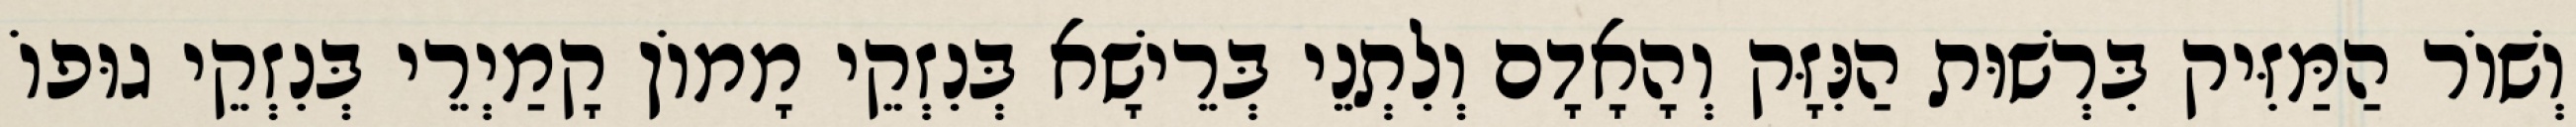
וְשׁוֹר הַמַּזִּיק בִּרְשׁוּת הַנִּזָּק וְהָאָדָם וְלִתְנֵי בְּרֵישָׁא בְּנִזְקֵי מָמוֹן קָמַיְרֵי בְּנִזְקֵי גוּפוֹ